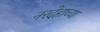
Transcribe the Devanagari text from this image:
नरदेहाच्या